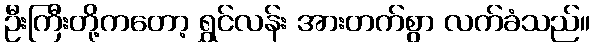
ဦးကြီးတို့ကတော့ ရွှင်လန်း အားတက်စွာ လက်ခံသည်။